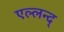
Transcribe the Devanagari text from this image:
एल्लन्द्